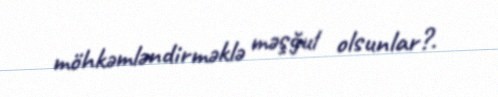
möhkəmləndirməklə məşğul olsunlar?.